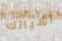
أشيائك